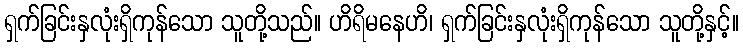
ရှက်ခြင်းနှလုံးရှိကုန်သော သူတို့သည်။ ဟိရိမနေဟိ၊ ရှက်ခြင်းနှလုံးရှိကုန်သော သူတို့နှင့်။